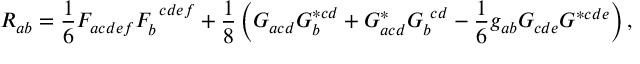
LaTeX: R _ { a b } = \frac { 1 } { 6 } F _ { a c d e f } F _ { b } ^ { ~ c d e f } + \frac { 1 } { 8 } \left( G _ { a c d } G _ { b } ^ { * c d } + G _ { a c d } ^ { * } G _ { b } ^ { ~ c d } - \frac { 1 } { 6 } g _ { a b } G _ { c d e } G ^ { * c d e } \right) ,